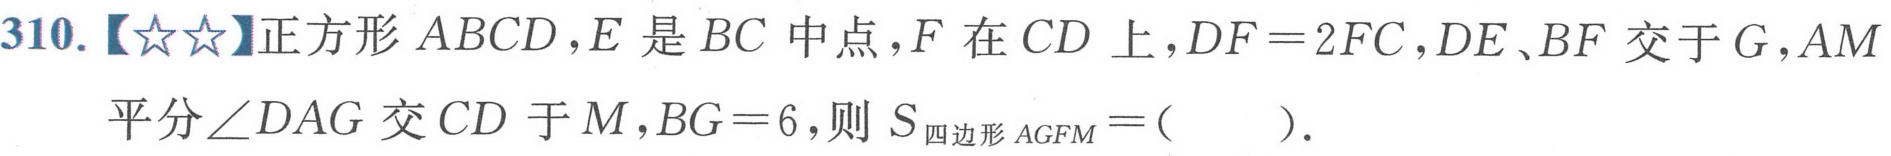
310.【★★】正方形 \(ABCD\)，\(E\) 是 \(BC\) 中点，\(F\) 在 \(CD\) 上，\(DF = 2FC\)，\(DE\)、\(BF\) 交于 \(G\)，\(AM\) 平分 \(\angle DAG\) 交 \(CD\) 于 \(M\)，\(BG = 6\)，则 \(S_{四边形 AGFM}=(\quad)\).